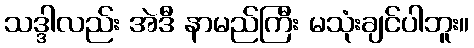
သဒ္ဒါလည်း အဲဒီ နာမည်ကြီး မသုံးချင်ပါဘူး။